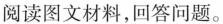
阅读图文材料，回答问题。